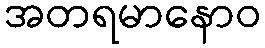
အတရမာနောဝ